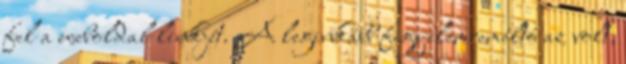
fel a weboldal linkjét. A leginkább figyelemreméltó az volt,